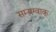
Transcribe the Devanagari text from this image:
सम्यग्वाक्